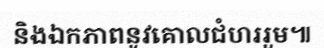
និងឯកភាពនូវគោលជំហររួម៕